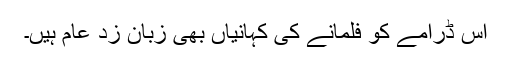
اس ڈرامے کو فلمانے کی کہانیاں بھی زبان زد عام ہیں۔